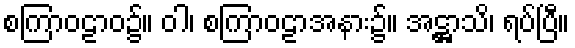
စကြာဝဠာဝ၌။ ဝါ၊ စကြာဝဠာအနား၌။ အဋ္ဌာသိ၊ ရပ်ပြီ။